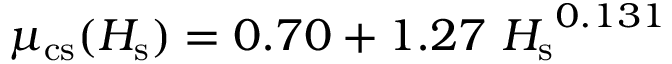
\mu _ { \mathrm { c s } } ( H _ { \mathrm { s } } ) = 0 . 7 0 + 1 . 2 7 \ { H _ { \mathrm { s } } } ^ { 0 . 1 3 1 }